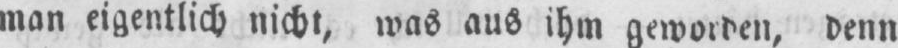
man eigentlich nicht, was aus ihm geworden, denn